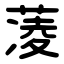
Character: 蓤